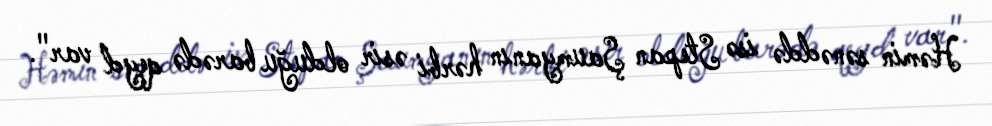
Həmin sənəddə isə Stepan Şaumyanın hərbi əsir olduğu barədə qeyd var".